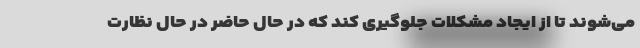
می‌شوند تا از ایجاد مشکلات جلوگیری کند که در حال حاضر در حال نظارت